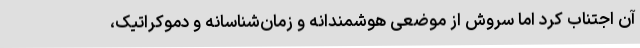
آن اجتناب کرد اما سروش از موضعی هوشمندانه و زمان‌شناسانه و دموکراتیک،